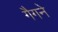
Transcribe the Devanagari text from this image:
गैगने